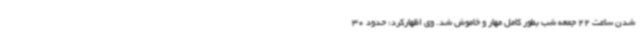
شدن ساعت 22 جمعه شب بطور کامل مهار و خاموش شد. وی اظهارکرد: حدود 30